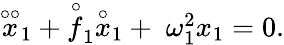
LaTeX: \begin{array}{r}{\stackrel{\circ\circ}{x}_{1}+\stackrel{\circ}{f}_{1}\stackrel{\circ}{x}_{1}+\; \omega_{1}^{2}x_{1}=0.}\end{array}